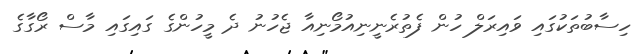
ހިސާބުތަކުގައި ވައިރަލް ހުން ފެތުރެނީނިއުމޯނިއާ ޖެހުނު ދެ މީހުންގެ ގައިގައި މާސް ރޯގާގެ